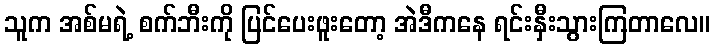
သူက အစ်မရဲ့ စက်ဘီးကို ပြင်ပေးဖူးတော့ အဲဒီကနေ ရင်းနှီးသွားကြတာလေ။